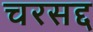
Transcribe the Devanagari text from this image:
चरसद्द